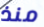
منذ